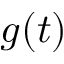
g ( t )